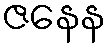
ဇနေန